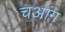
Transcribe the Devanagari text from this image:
चआंग